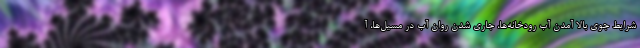
شرایط جوی بالا آمدن آب رودخانه‌ها، جاری شدن روان آب در مسیل‌ها، آ